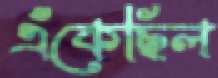
এঁকেছিল